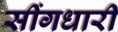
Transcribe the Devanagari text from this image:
सींगधारी